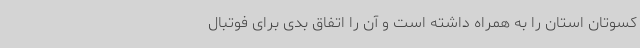
کسوتان استان را به همراه داشته است و آن را اتفاق بدی برای فوتبال